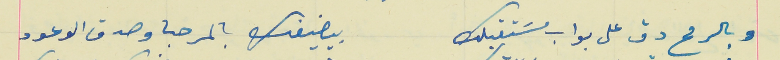
وبالرمح دق على بواب مسَتقبلك                                بيضيفك بالمرحبا وصدق الوعود